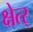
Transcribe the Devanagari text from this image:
क्षेत्र्‍